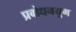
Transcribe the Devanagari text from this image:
प्रबोधनयुग